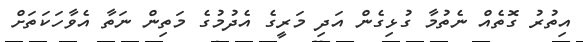
އިތުރު ގޮތެއް ނެތުމާ ގުޅިގެން އަދި މަރީގެ އެދުމުގެ މަތިން ނަތާ އެވާހަކަތަށް